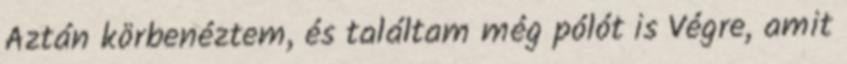
Aztán körbenéztem, és találtam még pólót is Végre, amit